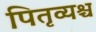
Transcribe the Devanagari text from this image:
पितृव्यश्च